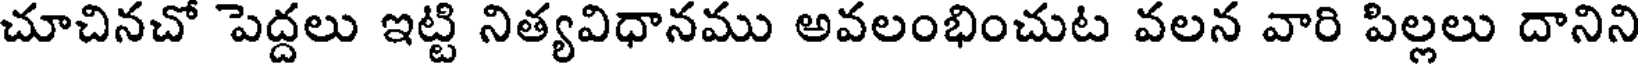
చూచినచో పెద్దలు ఇట్టి నిత్యవిధానము అవలంభించుట వలన వారి పిల్లలు దానిని